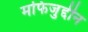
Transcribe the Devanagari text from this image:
मफिजुद्दीन